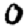
Digit: 0